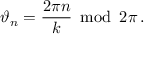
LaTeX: \vartheta _ { n } = \frac { 2 \pi n } { k } \: \bmod \: 2 \pi \, .